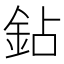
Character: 鉆